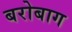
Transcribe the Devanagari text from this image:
बरोबाग